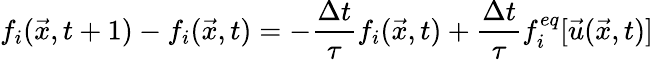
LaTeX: f_{i}(\vec{x},t+1)-f_{i}(\vec{x},t)=-\frac{\Delta t}{\tau}f_{i}(\vec{x},t)+\frac{\Delta t}{\tau}f_{i}^{eq}[\vec{u}(\vec{x},t)]